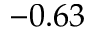
- 0 . 6 3